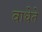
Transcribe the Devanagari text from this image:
वाधेते